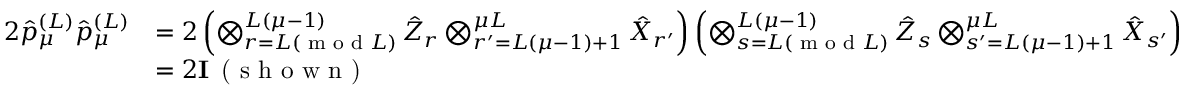
\begin{array} { r l } { 2 \hat { p } _ { \mu } ^ { ( L ) } \hat { p } _ { \mu } ^ { ( L ) } } & { = 2 \left( \bigotimes _ { r = L ( \textrm { m o d } L ) } ^ { L ( \mu - 1 ) } \hat { Z } _ { r } \bigotimes _ { r ^ { \prime } = L ( \mu - 1 ) + 1 } ^ { \mu L } \hat { X } _ { r ^ { \prime } } \right) \left( \bigotimes _ { s = L ( \textrm { m o d } L ) } ^ { L ( \mu - 1 ) } \hat { Z } _ { s } \bigotimes _ { s ^ { \prime } = L ( \mu - 1 ) + 1 } ^ { \mu L } \hat { X } _ { s ^ { \prime } } \right) } \\ & { = 2 \mathbf { I } \, \textrm { ( s h o w n ) } } \end{array}